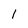
Character: 1